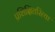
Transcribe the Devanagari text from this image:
प्रशिक्षितरित्या